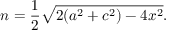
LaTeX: n = { \frac { 1 } { 2 } } { \sqrt { 2 ( a ^ { 2 } + c ^ { 2 } ) - 4 x ^ { 2 } } } .